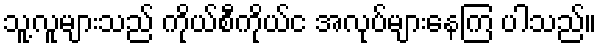
သူ့လူများသည် ကိုယ်စီကိုယ်င အလုပ်များနေကြ ပါသည်။